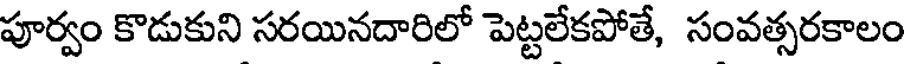
పూర్వం కొడుకుని సరయినదారిలో పెట్టలేకపోతే, సంవత్సరకాలం